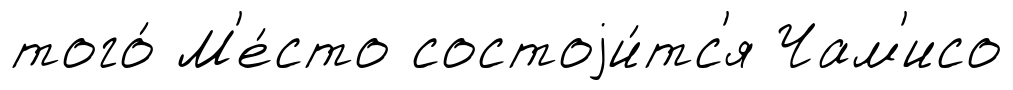
того́ М'е́сто состоjи́тс'я Чам'исо